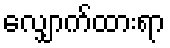
လျှောက်ထားရာ